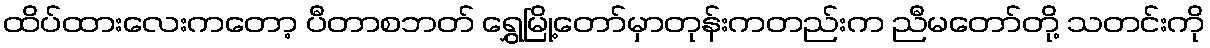
ထိပ်ထားလေးကတော့ ပီတာစဘတ် ရွှေမြို့တော်မှာတုန်းကတည်းက ညီမတော်တို့ သတင်းကို